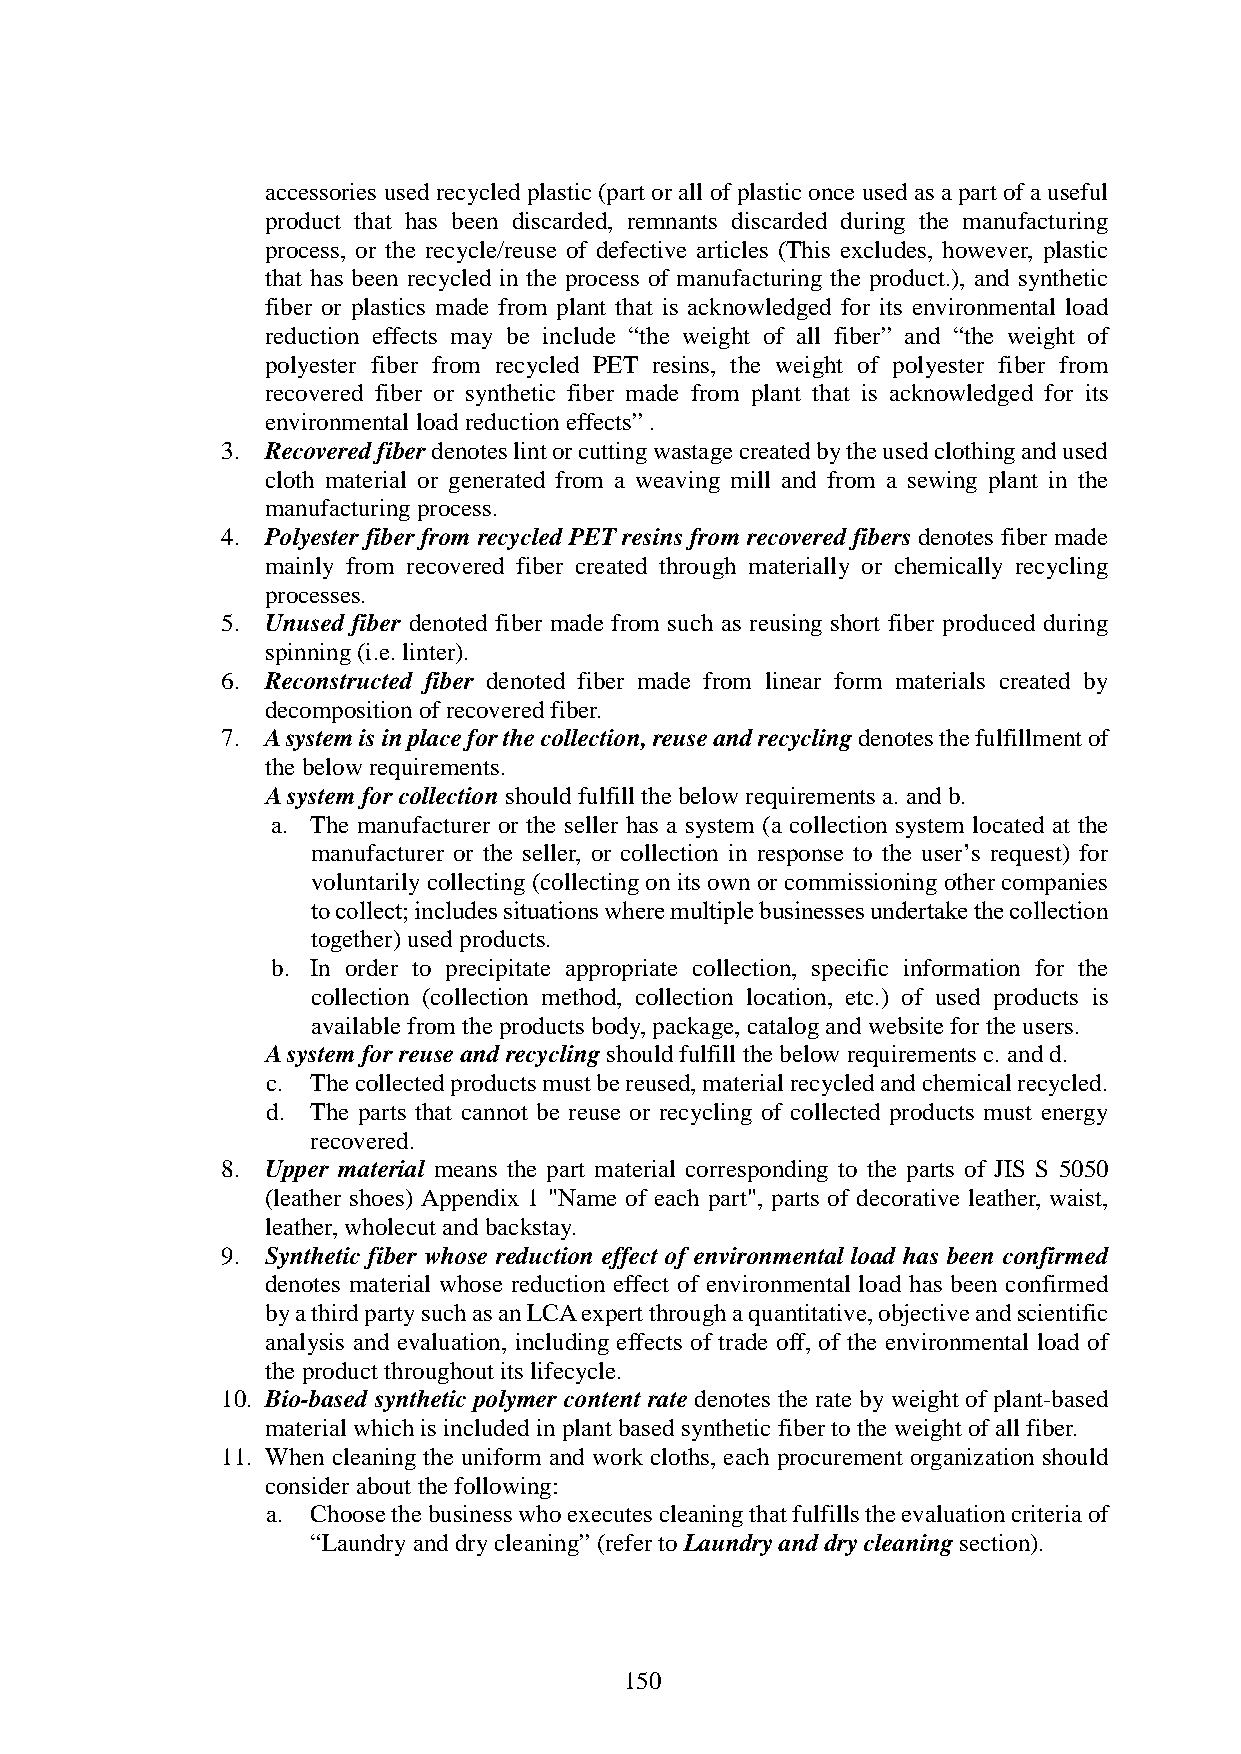
accessories used recycled plastic (part or all of plastic once used as a part of a useful
 product that has been discarded, remnants discarded during the manufacturing
 process, or the recycle/reuse of defective articles (This excludes, however, plastic
 that has been recycled in the process of manufacturing the product.), and synthetic
 fiber or plastics made from plant that is acknowledged for its environmental load
 reduction effects may be include “the weight of all fiber” and “the weight of
 polyester fiber from recycled PET resins, the weight of polyester fiber from
 recovered fiber or synthetic fiber made from plant that is acknowledged for its
 environmental load reduction effects” .
 3. Recovered fiber denotes lint or cutting wastage created by the used clothing and used
 cloth material or generated from a weaving mill and from a sewing plant in the
 manufacturing process.
 4. Polyester fiber from recycled PET resins from recovered fibers denotes fiber made
 mainly from recovered fiber created through materially or chemically recycling
 processes.
 5. Unused fiber denoted fiber made from such as reusing short fiber produced during
 spinning (i.e. linter).
 6. Reconstructed fiber denoted fiber made from linear form materials created by
 decomposition of recovered fiber.
 7. A system is in place for the collection, reuse and recycling denotes the fulfillment of
 the below requirements.
 A system for collection should fulfill the below requirements a. and b.
 a. The manufacturer or the seller has a system (a collection system located at the
 manufacturer or the seller, or collection in response to the user’s request) for
 voluntarily collecting (collecting on its own or commissioning other companies
 to collect; includes situations where multiple businesses undertake the collection
 together) used products.
 b. In order to precipitate appropriate collection, specific information for the
 collection (collection method, collection location, etc.) of used products is
 available from the products body, package, catalog and website for the users.
 A system for reuse and recycling should fulfill the below requirements c. and d.
 c. The collected products must be reused, material recycled and chemical recycled.
 d. The parts that cannot be reuse or recycling of collected products must energy
 recovered.
 8. Upper material means the part material corresponding to the parts of JIS S 5050
 (leather shoes) Appendix 1 "Name of each part", parts of decorative leather, waist,
 leather, wholecut and backstay.
 9. Synthetic fiber whose reduction effect of environmental load has been confirmed
 denotes material whose reduction effect of environmental load has been confirmed
 by a third party such as an LCA expert through a quantitative, objective and scientific
 analysis and evaluation, including effects of trade off, of the environmental load of
 the product throughout its lifecycle.
 10. Bio-based synthetic polymer content rate denotes the rate by weight of plant-based
 material which is included in plant based synthetic fiber to the weight of all fiber.
 11. When cleaning the uniform and work cloths, each procurement organization should
 consider about the following:
 a. Choose the business who executes cleaning that fulfills the evaluation criteria of
 “Laundry and dry cleaning” (refer to Laundry and dry cleaning section).
 150